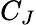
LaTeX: C_{J}